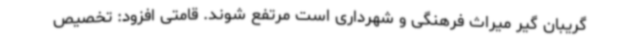
گریبان گیر میراث فرهنگی و شهرداری است مرتفع شوند. قامتی افزود: تخصیص